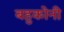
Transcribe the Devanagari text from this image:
बहुकोनी